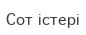
Сот істері